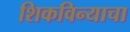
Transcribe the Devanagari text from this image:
शिकविन्याचा